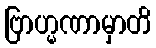
ဗြာဟ္မဏာမှာတိ